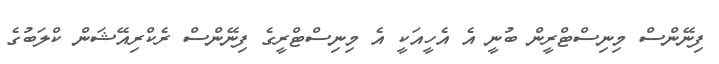
ފިނޭންސް މިނިސްޓްރީން ބުނީ އެ އެހީއަކީ އެ މިނިސްޓްރީގެ ފިނޭންސް ރެކްރިއޭޝަން ކްލަބުގެ